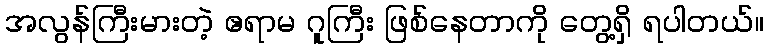
အလွန်ကြီးမားတဲ့ ဧရာမ ဂူကြီး ဖြစ်နေတာကို တွေ့ရှိ ရပါတယ်။